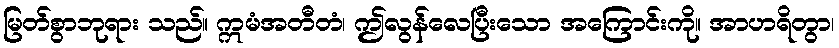
မြတ်စွာဘုရား သည်။ ဣမံအတီတံ၊ ဤလွန်လေပြီးသော အကြောင်းကို။ အာဟရိတွာ၊